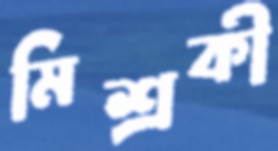
মিশ্রকী